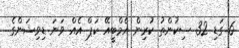
6 ގަޑި 32 ސިކުންތު ކުރިން އެމްބީއޭ ކަޕް އެއް ވަނަ ޑިވިޝަންގެ